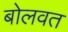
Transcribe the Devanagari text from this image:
बोलवत